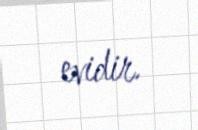
evidir.